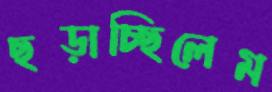
ছড়াচ্ছিলেম